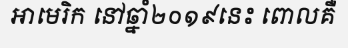
អាមេរិក នៅឆ្នាំ២០១៩នេះ ពោលគឺ